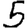
Digit: 5